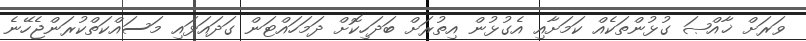
ވަރަށް ޚާއްޞަ ގުޅުންތަކެއް ކަމަށާއި އެގުޅުން އިތުރަށް ބަދަހިކޮށް ދަމަހައްޓަން ގަދައަޅައި މަސައްކަތްކުރަންޖެހޭނެ